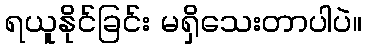
ရယူနိုင်ခြင်း မရှိသေးတာပါပဲ။